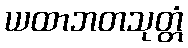
ယထာဘတသုတ္တံ